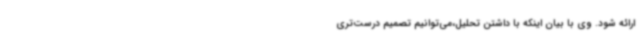
ارائه شود. وی با بیان اینکه با داشتن تحلیل،می‌توانیم تصمیم درست‌تری